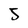
Character: 5